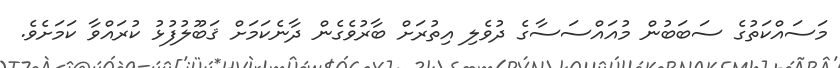
މަސައްކަތުގެ ސަބަބުން މުއައްސަސާގެ ދުވެލި އިތުރަށް ބާރުވެގެން ދާނެކަމަށް ޤަބޫލުފުޅު ކުރައްވާ ކަމަށެވެ.